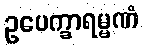
ဥပေက္ခာရမ္မဏံ